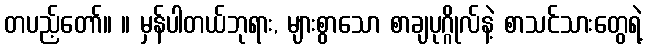
တပည့်တော်။ ။ မှန်ပါတယ်ဘုရား, များစွာသော စာချပုဂ္ဂိုလ်နဲ့ စာသင်သားတွေရဲ့